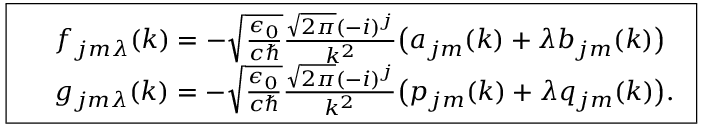
\boxed { \begin{array} { r l } & { f _ { j m \lambda } ( k ) = - \sqrt { \frac { \epsilon _ { 0 } } { c \hbar } } \frac { \sqrt { 2 \pi } ( - i ) ^ { j } } { k ^ { 2 } } \big ( a _ { j m } ( k ) + \lambda b _ { j m } ( k ) \big ) } \\ & { g _ { j m \lambda } ( k ) = - \sqrt { \frac { \epsilon _ { 0 } } { c \hbar } } \frac { \sqrt { 2 \pi } ( - i ) ^ { j } } { k ^ { 2 } } \big ( p _ { j m } ( k ) + \lambda q _ { j m } ( k ) \big ) . } \end{array} }